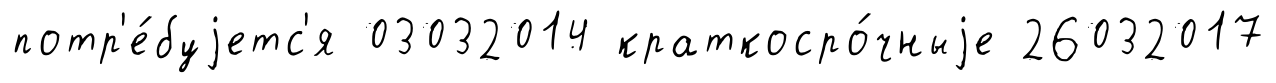
потр'е́буjетс'я 03032014 краткосро́чныjе 26032017